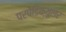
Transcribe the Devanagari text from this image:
परपेंडिक्युलर